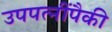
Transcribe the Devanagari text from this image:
उपपत्‍नींपैकी